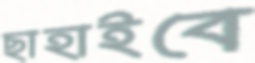
ছাহাইবে